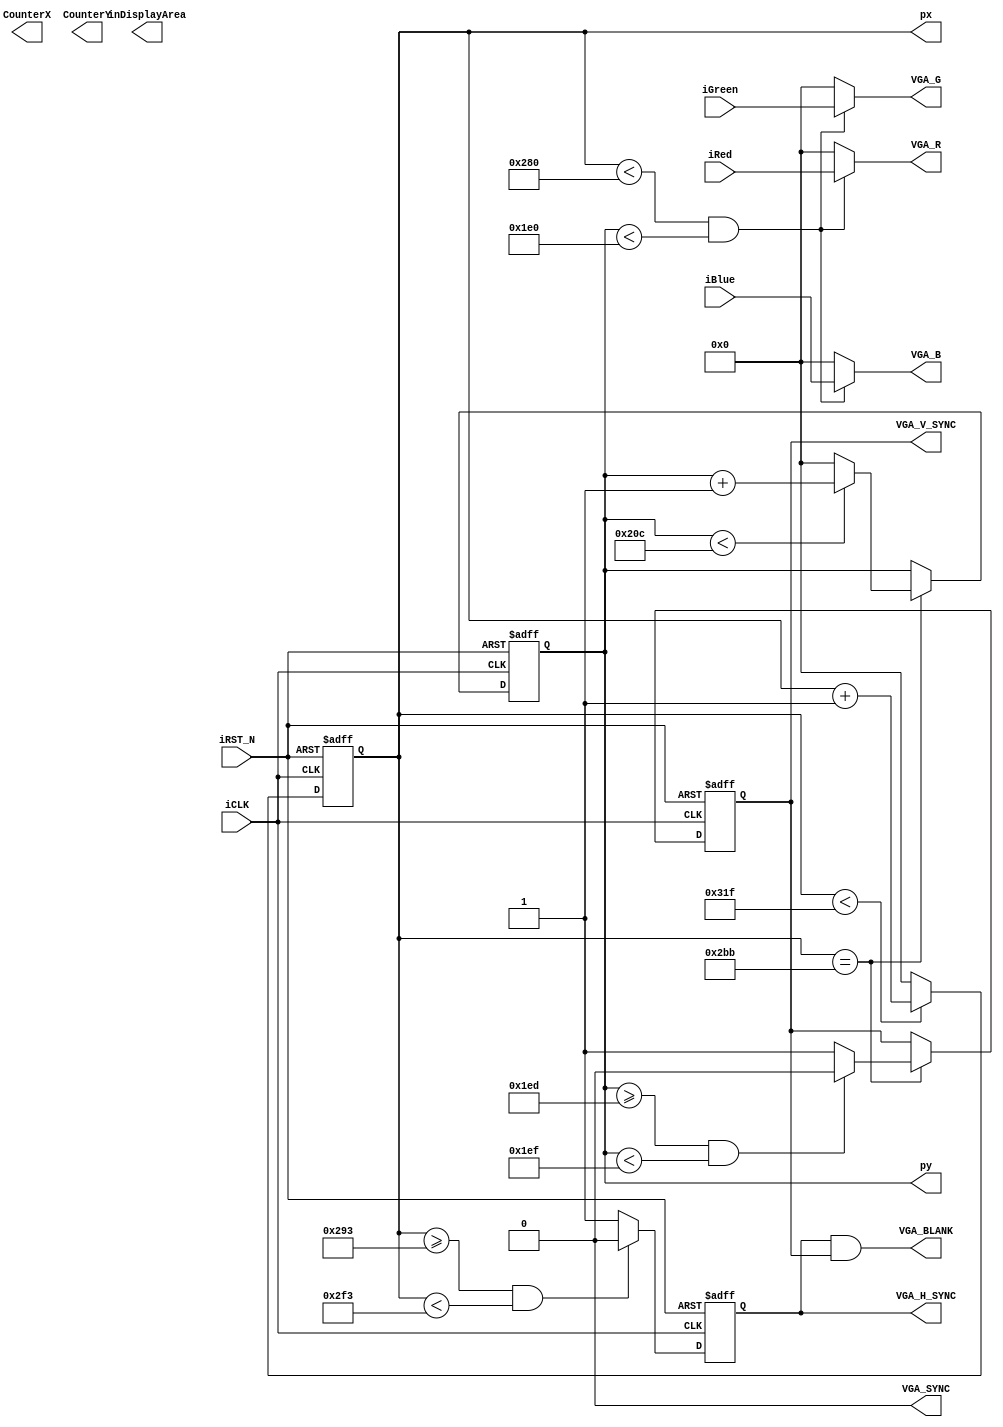
module vga_sync(
   input iCLK, // 25 MHz clock
   input iRST_N,
   input [9:0] iRed,
   input [9:0] iGreen,
   input [9:0] iBlue,
   // pixel coordinates
   output [9:0] px,
   output [9:0] py,
   // VGA Side
   output  [9:0] VGA_R,
   output  [9:0] VGA_G,
   output  [9:0] VGA_B,
   output reg VGA_H_SYNC,
   output reg VGA_V_SYNC,
   output VGA_SYNC,
   output VGA_BLANK,
	output reg inDisplayArea,
	output reg [9:0] CounterX,
	output reg [8:0] CounterY
);
/*
wire CounterXmaxed = (CounterX==10'h2FF);

always @(posedge iCLK)
if(CounterXmaxed)
	CounterX <= 0;
else
	CounterX <= CounterX + 1;

always @(posedge iCLK)
if(CounterXmaxed) CounterY <= CounterY + 1;

reg	vga_HS, vga_VS;
always @(posedge iCLK)
begin
	vga_HS <= (CounterX[9:4]==6'h2D); // change this value to move the display horizontally
	vga_VS <= (CounterY==500); // change this value to move the display vertically
end

always @(posedge iCLK)
if(inDisplayArea==0)
	inDisplayArea <= (CounterXmaxed) && (CounterY<480);
else
	inDisplayArea <= !(CounterX==639);
	
assign VGA_H_SYNC = ~vga_HS;
assign VGA_V_SYNC = ~vga_VS;*/
//*****************************************************************************************

assign	VGA_BLANK	=	VGA_H_SYNC & VGA_V_SYNC;
assign	VGA_SYNC	=	1'b0;

reg [9:0] h_count, v_count;
assign px = h_count;
assign py = v_count;


// Horizontal sync

/* Generate Horizontal and Vertical Timing Signals for Video Signal
* h_count counts pixels (640 + extra time for sync signals)
* 
*  horiz_sync  ------------------------------------__________--------
*  h_count       0                640             659       755    799
*/
parameter H_SYNC_TOTAL = 800;
parameter H_PIXELS =     640;
parameter H_SYNC_START = 659;
parameter H_SYNC_WIDTH =  96;


always@(posedge iCLK or negedge iRST_N)
begin
   if(!iRST_N)
   begin
      h_count <= 10'h000;
      VGA_H_SYNC <= 1'b0;
   end
   else
   begin
      // H_Sync Counter
      if (h_count < H_SYNC_TOTAL-1) h_count <= h_count + 1'b1;
      else h_count <= 10'h0000;

      if (h_count >= H_SYNC_START && 
	h_count < H_SYNC_START+H_SYNC_WIDTH) VGA_H_SYNC = 1'b0;
      else VGA_H_SYNC <= 1'b1;
   end
end
/*  
*  vertical_sync      -----------------------------------------------_______------------
*  v_count             0                                      480    493-494          524
*/
parameter V_SYNC_TOTAL = 525;
parameter V_PIXELS     = 480;
parameter V_SYNC_START = 493;
parameter V_SYNC_WIDTH =   2;
parameter H_START = 699;


always @(posedge iCLK or negedge iRST_N)
begin
   if (!iRST_N)
   begin
      v_count <= 10'h0000;
      VGA_V_SYNC <= 1'b0;
   end
   else if (h_count == H_START)
   begin
      // V_Sync Counter
      if (v_count < V_SYNC_TOTAL-1) v_count <= v_count + 1'b1;
      else v_count <= 10'h0000;

      if (v_count >= V_SYNC_START && 
		v_count < V_SYNC_START+V_SYNC_WIDTH) VGA_V_SYNC = 1'b0;
      else VGA_V_SYNC <= 1'b1;
   end
end
   

// Put all video signals through DFFs to elminate any delays that cause a blurry image

wire video_h_on = (h_count<H_PIXELS);
wire video_v_on = (v_count<V_PIXELS);
wire video_on = video_h_on & video_v_on;

assign VGA_R = (video_on? iRed: 10'h000);
assign VGA_G = (video_on? iGreen: 10'h000);
assign VGA_B = (video_on? iBlue: 10'h000);

/*
always @(posedge iCLK or negedge iRST_N)
	if (!iRST_N)
	begin
		VGA_R <= 10'h000;
		VGA_G <= 10'h000;
		VGA_B <= 10'h000;
	end
	else
	begin
		if (video_on)
		begin
			VGA_R[9:0] <= iRed[9:0];
			VGA_G[9:0] <= iGreen[9:0];
			VGA_B[9:0] <= iBlue[9:0];
		end
		else
		begin
			VGA_R <= 10'h000;
			VGA_G <= 10'h000;
			VGA_B <= 10'h000;
		end
    end
*/
   
endmodule